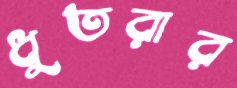
ধুতরার